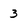
Character: 3